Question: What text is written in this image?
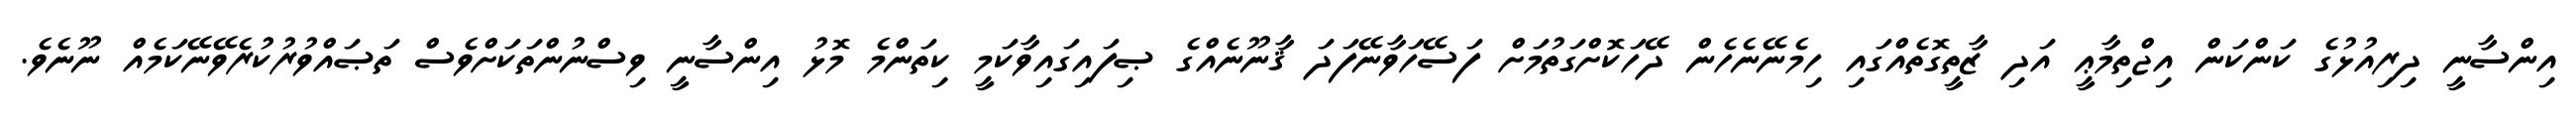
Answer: އިންސާނީ ދިރިއުޅުގެ ކަންކަން އިޖްތިމާޢީ އަދި ޒާތީގޮތެއްގައި ހިމެނޭނެހެން ދޭހަކޮށްގަތުމަށް ފަސޭހަވާނޭފަދަ ޤާނޫނެއްގެ ޞިފައިގައިވާކަމީ ކިތަންމެ މޮޅު އިންސާނީ ވިސްނުންތަކަށްވެސް ތަޞައްވުރުކުރެވޭނޭކަމެއް ނޫނެވެ.